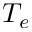
T _ { e }